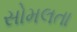
સોમલતા